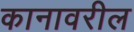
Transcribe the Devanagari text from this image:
कानावरील